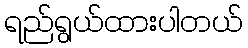
ရည်ရွယ်ထားပါတယ်